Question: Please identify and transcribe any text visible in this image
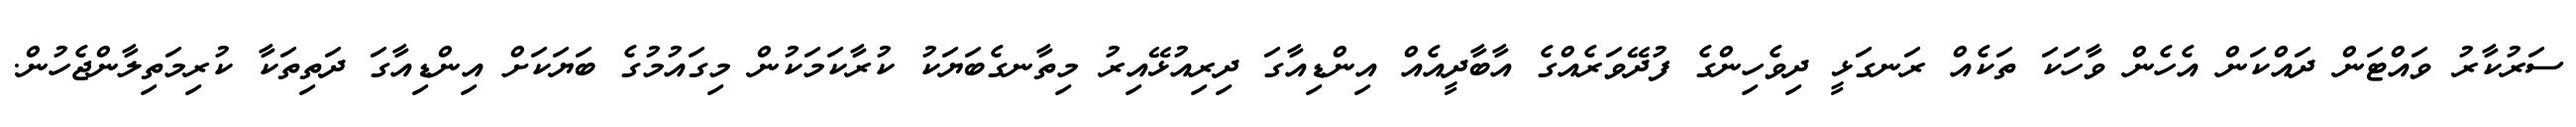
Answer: ސަރުކާރު ވައްޓަން ދައްކަން އެހެން ވާހަަކަ ތަކެއް ރަނގަޅީ ދިވެހިންގެ ފުދޭވަރެއްގެ އާބާދީއެއް އިންޑިއާގަ ދިރިއުޅޭއިރު މިތާނގެބަޔަކު ކުރާކަމަކުން މިގައުމުގެ ބަޔަކަށް އިންޑިއާގަ ދަތިތަކާ ކުރިމަތިލާންޖެހުން.